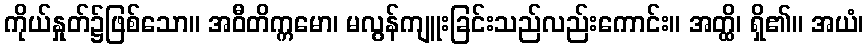
ကိုယ်နှုတ်၌ဖြစ်သော။ အဝီတိက္ကမော၊ မလွန်ကျူးခြင်းသည်လည်းကောင်း။ အတ္ထိ၊ ရှိ၏။ အယံ၊